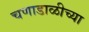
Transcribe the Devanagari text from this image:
चणाडाळीच्या